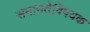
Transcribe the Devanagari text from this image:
समानतेविषयक